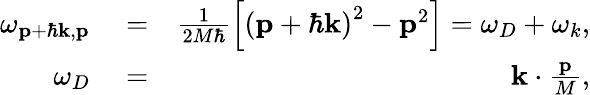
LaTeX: \begin{array}{rlr}{\omega_{\mathbf{p}+\hbar\mathbf{k},\mathbf{p}}}&{{}=}&{\frac{1}{2M\hbar}\left[\left(\mathbf{p}+\hbar\mathbf{k}\right)^{2}-\mathbf{p}^{2}\right]=\omega_{D}+\omega_{k},}\\ {\omega_{D}}&{{}=}&{\mathbf{k}\cdot\frac{\mathbf{p}}{M},}\end{array}